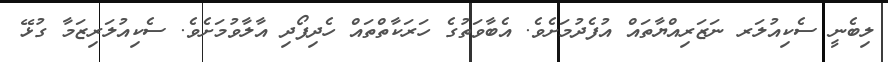
ލިބެނީ ސެކިއުލަރ ނަޒަރިއްޔާތައް އުފެދުމަށެވެ. އެބާވަތުގެ ހަރަކާތްތައް ހެދިފޯދި އާލާވުމަށެވެ. ސެކިއުލަރިޒަމާ ގުޅޭ